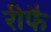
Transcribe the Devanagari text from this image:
रीफै